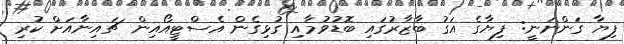
ފިޔާ ގަންނަނީ: ފިޔާގެ އަގު ބާޒާރުގައި ބޮޑުވުމާއި ގުޅިގެން އެސްޓީއޯއިން ޗައިނާއަށް ކުރި